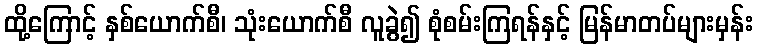
ထို့ကြောင့် နှစ်ယောက်စီ၊ သုံးယောက်စီ လူခွဲ၍ စုံစမ်းကြရန်နှင့် မြန်မာတပ်များမှန်း